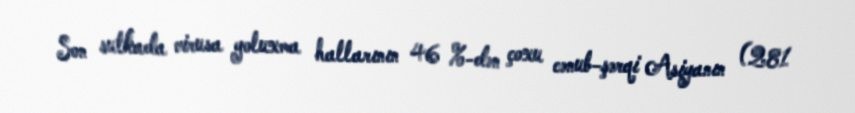
Son sutkada virusa yoluxma hallarının 46 %-dən çoxu cənub-şərqi Asiyanın (281